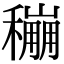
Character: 𥣌